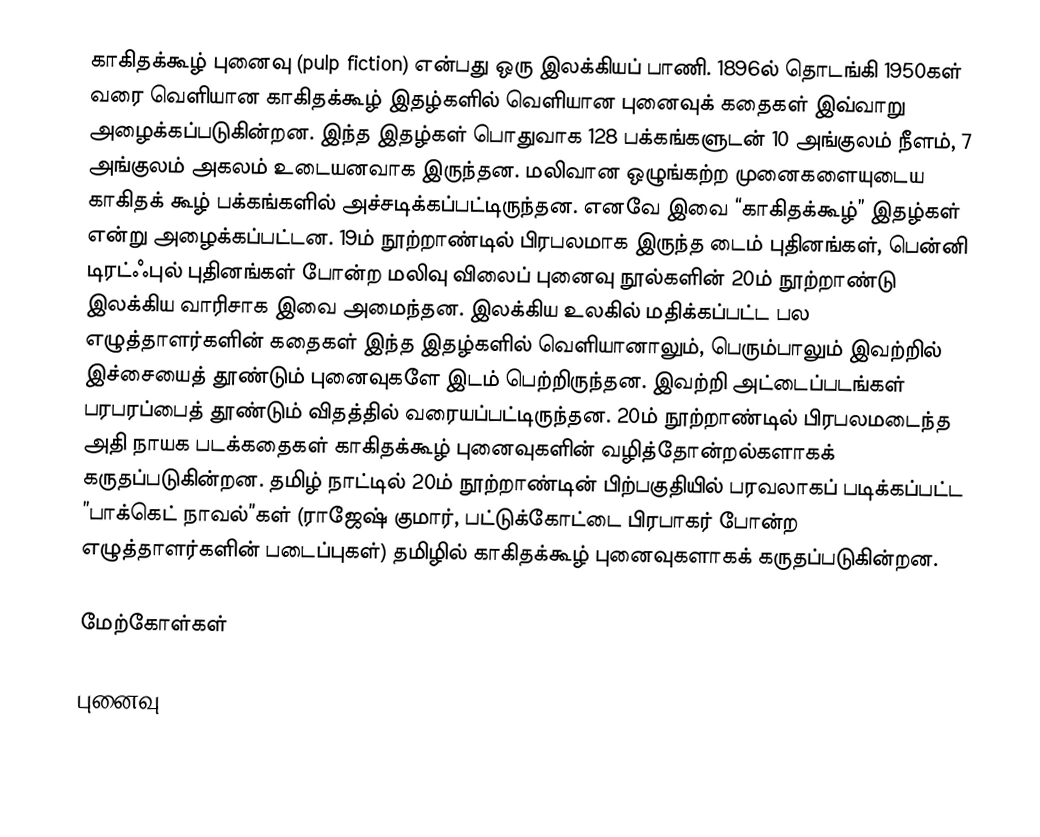
காகிதக்கூழ் புனைவு (pulp fiction)  என்பது ஒரு இலக்கியப் பாணி. 1896ல் தொடங்கி 1950கள் வரை வெளியான காகிதக்கூழ் இதழ்களில் வெளியான புனைவுக் கதைகள் இவ்வாறு அழைக்கப்படுகின்றன. இந்த இதழ்கள் பொதுவாக 128 பக்கங்களுடன் 10 அங்குலம் நீளம், 7 அங்குலம் அகலம் உடையனவாக இருந்தன. மலிவான ஒழுங்கற்ற முனைகளையுடைய காகிதக் கூழ் பக்கங்களில் அச்சடிக்கப்பட்டிருந்தன. எனவே இவை “காகிதக்கூழ்” இதழ்கள் என்று அழைக்கப்பட்டன. 19ம் நூற்றாண்டில் பிரபலமாக இருந்த டைம் புதினங்கள், பென்னி டிரட்ஃபுல் புதினங்கள் போன்ற மலிவு விலைப் புனைவு நூல்களின் 20ம் நூற்றாண்டு இலக்கிய வாரிசாக இவை அமைந்தன. இலக்கிய உலகில் மதிக்கப்பட்ட பல எழுத்தாளர்களின் கதைகள் இந்த இதழ்களில் வெளியானாலும், பெரும்பாலும் இவற்றில் இச்சையைத் தூண்டும் புனைவுகளே இடம் பெற்றிருந்தன. இவற்றி அட்டைப்படங்கள் பரபரப்பைத் தூண்டும் விதத்தில் வரையப்பட்டிருந்தன. 20ம் நூற்றாண்டில் பிரபலமடைந்த அதி நாயக படக்கதைகள் காகிதக்கூழ் புனைவுகளின் வழித்தோன்றல்களாகக் கருதப்படுகின்றன. தமிழ் நாட்டில் 20ம் நூற்றாண்டின் பிற்பகுதியில் பரவலாகப் படிக்கப்பட்ட ”பாக்கெட் நாவல்”கள் (ராஜேஷ் குமார், பட்டுக்கோட்டை பிரபாகர் போன்ற எழுத்தாளர்களின் படைப்புகள்) தமிழில் காகிதக்கூழ் புனைவுகளாகக் கருதப்படுகின்றன.

மேற்கோள்கள்

புனைவு